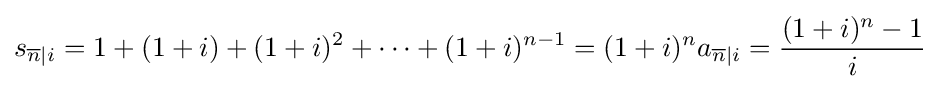
s_{{\overline {n}}|i}=1+(1+i)+(1+i)^{2}+\cdots +(1+i)^{n-1}=(1+i)^{n}a_{{\overline {n}}|i}={\frac {(1+i)^{n}-1}{i}}